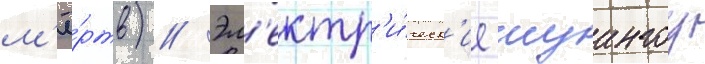
м'ё́ртв) // Эл'ектр'и́ческ'ие шуангоу